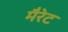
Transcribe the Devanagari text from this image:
मैरेट